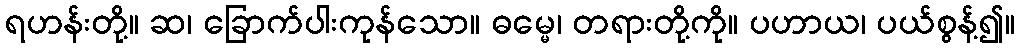
ရဟန်းတို့။ ဆ၊ ခြောက်ပါးကုန်သော။ ဓမ္မေ၊ တရားတို့ကို။ ပဟာယ၊ ပယ်စွန့်၍။